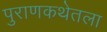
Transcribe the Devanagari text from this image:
पुराणकथेतला